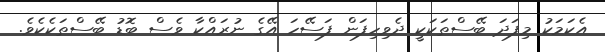
އެކަމަކު މިފަދަ ބޭސްތަކަކީ ދެވިހިފަން ފަސޭހަ އޭގެ ނުރައްކާ ވެސް ބޮޑު ބޭސްތަކެކެވެ.